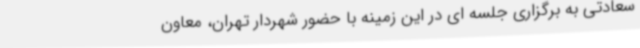
سعادتی به برگزاری جلسه ای در این زمینه با حضور شهردار تهران، معاون